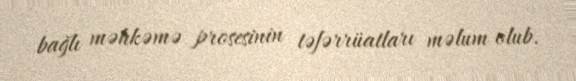
bağlı məhkəmə prosesinin təfərrüatları məlum olub.